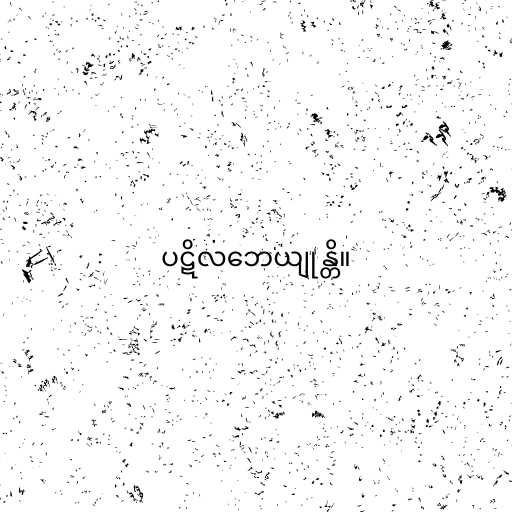
ပဋိလဘေယျုန္တိ။